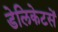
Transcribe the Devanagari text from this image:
डेलिकेटसें